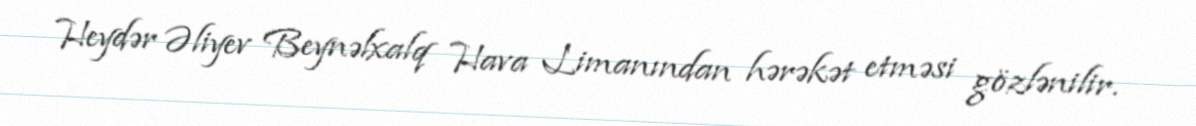
Heydər Əliyev Beynəlxalq Hava Limanından hərəkət etməsi gözlənilir.